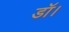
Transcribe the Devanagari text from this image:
डॉ।